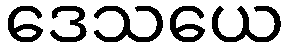
ဒေသယေ